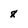
Character: 8